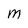
Character: M